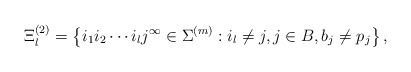
\begin{align*} \Xi_{l}^{(2)}=\left\{i_{1}i_{2}\cdots i_{l}j^{\infty}\in\Sigma^{(m)}: i_{l}\neq j, j\in B, b_{j}\neq p_{j}\right\},\end{align*}